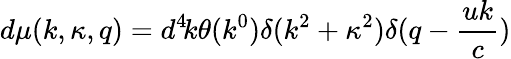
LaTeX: d\mu(k,\kappa,q)=d^{4}\! k\theta(k^{0})\delta(k^{2}+\kappa^{2})\delta(q-\frac{uk}{c})